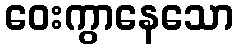
ဝေးကွာနေသော